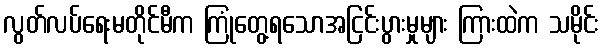
လွတ်လပ်ရေးမတိုင်မီက ကြုံတွေ့ရသောအငြင်းပွားမှုများ ကြားထဲက သမိုင်း